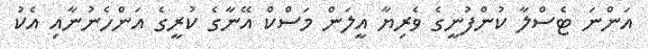
އަންނަ ޓެސްލާ ކުންފުނީގެ ވެރިޔާ އީލަން މަސްކް އޭނާގެ ކުރީގެ އަންހެނުނާއި އެކު